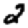
Digit: 2